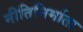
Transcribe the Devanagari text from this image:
नीतिनिर्माता